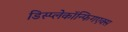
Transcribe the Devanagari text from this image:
डिस्प्लेकॉन्फिगएक्स